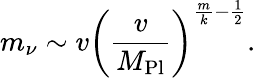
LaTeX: m_{\nu}\sim v\left({\frac{v}{M_{\mathrm{Pl}}}}\right)^{\frac{m}{k}-\frac{1}{2}}.